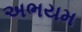
અભયમ